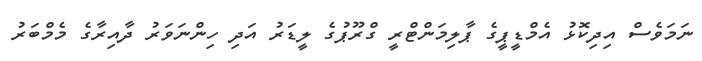
ނަމަވެސް އިދިކޮޅު އެމްޑީޕީގެ ޕާލިމަންޓްރީ ގްރޫޕުގެ ލީޑަރު އަދި ހިންނަވަރު ދާއިރާގެ މެމްބަރު